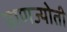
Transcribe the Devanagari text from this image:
प्राणज्योती